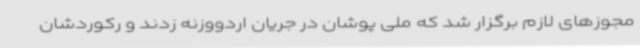
مجوزهای لازم برگزار شد که ملی پوشان در جریان اردووزنه زدند و رکوردشان